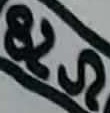
Text: 82Ω